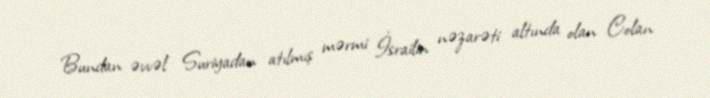
Bundan əvvəl Suriyadan atılmış mərmi İsrailin nəzarəti altında olan Colan